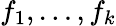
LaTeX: f_{1},\ldots,f_{k}